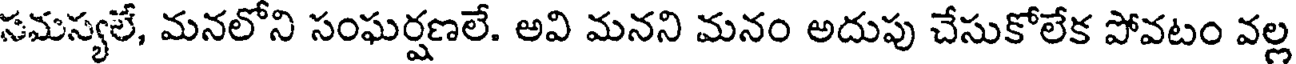
సమస్యలే, మనలోని సంఘర్షణలే. అవి మనని మనం అదుపు చేసుకోలేక పోవటం వల్ల